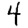
Digit: 4